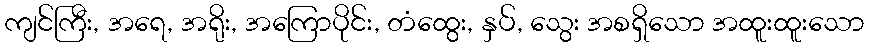
ကျင်ကြီး, အရေ, အရိုး, အကြောပိုင်း, တံထွေး, နှပ်, သွေး အစရှိသော အထူးထူးသော